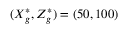
( X _ { g } ^ { * } , Z _ { g } ^ { * } ) = ( 5 0 , 1 0 0 )